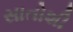
સાતોશી